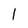
Character: I